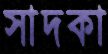
সাদকা